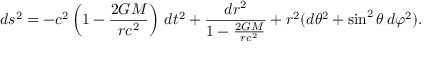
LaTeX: d s ^ { 2 } = - c ^ { 2 } \left( 1 - { \frac { 2 G M } { r c ^ { 2 } } } \right) \, d t ^ { 2 } + { \frac { d r ^ { 2 } } { 1 - { \frac { 2 G M } { r c ^ { 2 } } } } } + r ^ { 2 } ( d \theta ^ { 2 } + \sin ^ { 2 } \theta \, d \varphi ^ { 2 } ) .